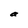
Character: a